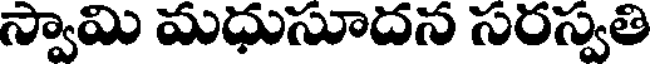
స్వామి మధుసూదన సరస్వతి